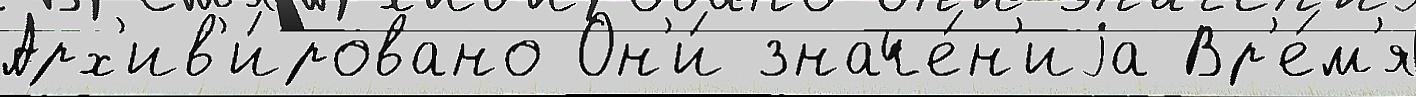
Арх'ив'и́ровано Он'и́ значе́н'иjа Вр'е́м'я